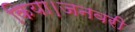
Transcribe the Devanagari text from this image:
किया।जनवरी